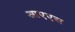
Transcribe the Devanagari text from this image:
आएएस